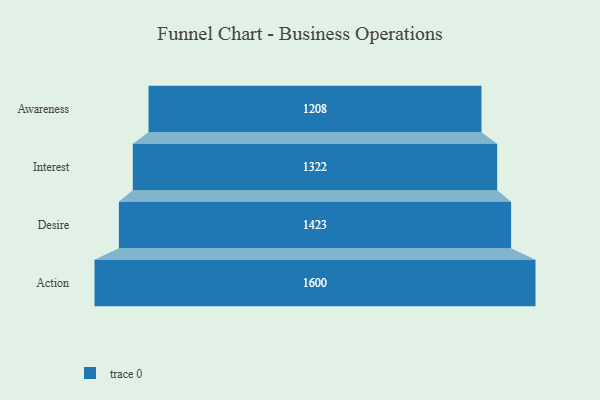
{"axis": {"x": "Stage", "y": "Value"}, "legend": [""], "data": [{"x": "Awareness", "y": 1208.0, "type": ""}, {"x": "Interest", "y": 1322.0, "type": ""}, {"x": "Desire", "y": 1423.0, "type": ""}, {"x": "Action", "y": 1600.0, "type": ""}]}